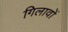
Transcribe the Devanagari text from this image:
गिलावों